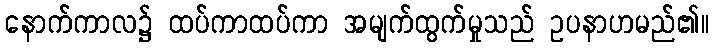
နောက်ကာလ၌ ထပ်ကာထပ်ကာ အမျက်ထွက်မှုသည် ဥပနာဟမည်၏။